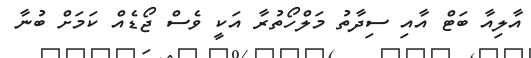
އާލިއާ ބަޓް އާއި ސިދާތު މަލްހޯތުރާ އަކީ ވެސް ޖޯޑެއް ކަމަށް ބުނާ